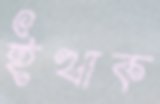
ইত্থাক